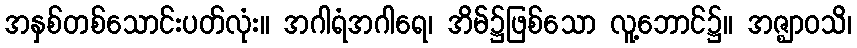
အနှစ်တစ်သောင်းပတ်လုံး။ အဂါရံအဂါရေ၊ အိမ်၌ဖြစ်သော လူ့ဘောင်၌။ အဇ္ဈာဝသိ၊